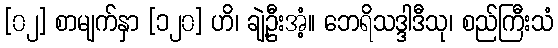
[၀၂] စာမျက်နှာ [၁၂၀] ဟိ၊ ချဲ့ဦးအံ့။ ဘေရိသဒ္ဒါဒီသု၊ စည်ကြီးသံ